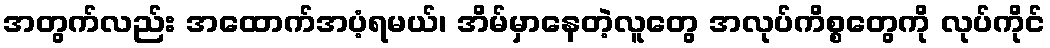
အတွက်လည်း အထောက်အပံ့ရမယ်၊ အိမ်မှာနေတဲ့လူတွေ အလုပ်ကိစ္စတွေကို လုပ်ကိုင်